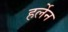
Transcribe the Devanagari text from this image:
हर्लेन